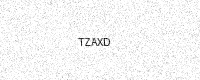
Text: TZAXD